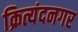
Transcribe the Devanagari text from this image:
क्रित्यंदनगर